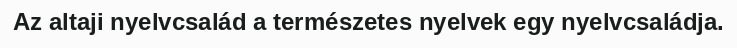
Az altaji nyelvcsalád a természetes nyelvek egy nyelvcsaládja.